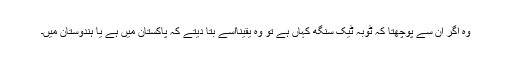
وہ اگر ان سے پوچھتا کہ ٹوبہ ٹیک سنگھ کہاں ہے تو وہ یقیناًاسے بتا دیتے کہ پاکستان میں ہے یا ہندوستان میں۔